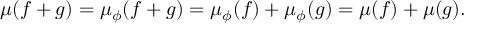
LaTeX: \mu ( f + g ) = \mu _ { \phi } ( f + g ) = \mu _ { \phi } ( f ) + \mu _ { \phi } ( g ) = \mu ( f ) + \mu ( g ) .